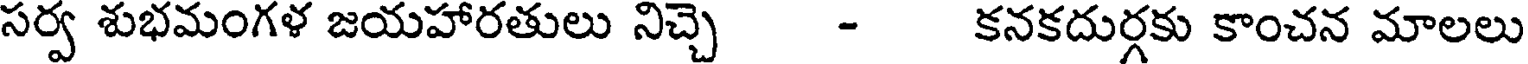
సర్వ శుభమంగళ జయహారతులు నిచ్చె - కనకదుర్గకు కాంచన మాలలు